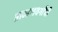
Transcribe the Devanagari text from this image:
ब्राम्हणवर्गाची